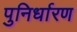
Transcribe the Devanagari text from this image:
पुनिर्धारण